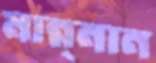
মান্ন্নান